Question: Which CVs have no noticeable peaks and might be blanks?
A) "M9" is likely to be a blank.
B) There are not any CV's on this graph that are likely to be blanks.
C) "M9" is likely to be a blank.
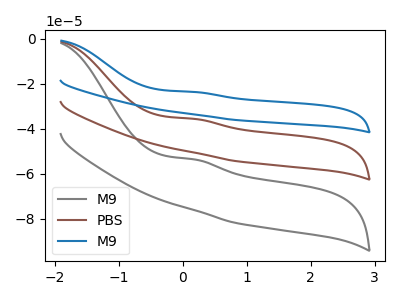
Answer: <think>The gray curve "M9" has an anodic peak at: (0.20V, -53.60uA). The brown curve "PBS" has an anodic peak at: (0.20V, -35.60uA). The blue curve "M9" has an anodic peak at: (0.20V, -71.25uA).</think>
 <answer>B) There are not any CV's on this graph that are likely to be blanks.</answer>
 <eval>B</eval>